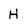
Character: H